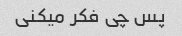
پس چی فکر میکنی